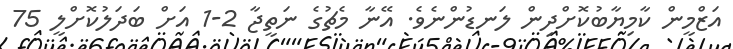
އަޒްމީން ކާމިޔާބުކޮށްދިން ލަނޑުންނެވެ. އޭނާ މެޗުގެ ނަތީޖާ 2-1 އަށް ބަދަލުކޮށްލީ 75